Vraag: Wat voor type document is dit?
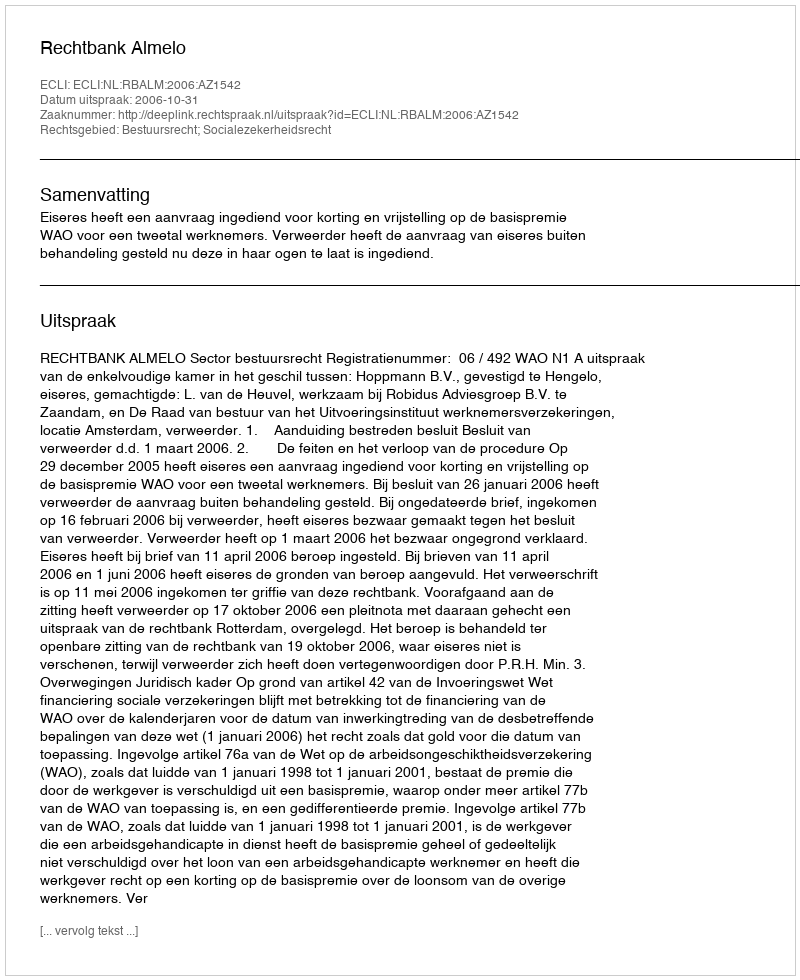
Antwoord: Uitspraak